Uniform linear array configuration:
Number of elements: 24
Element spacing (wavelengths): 0.25
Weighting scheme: hann
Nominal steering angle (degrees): -60
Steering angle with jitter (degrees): -60.879
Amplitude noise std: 0.05
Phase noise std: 0.05

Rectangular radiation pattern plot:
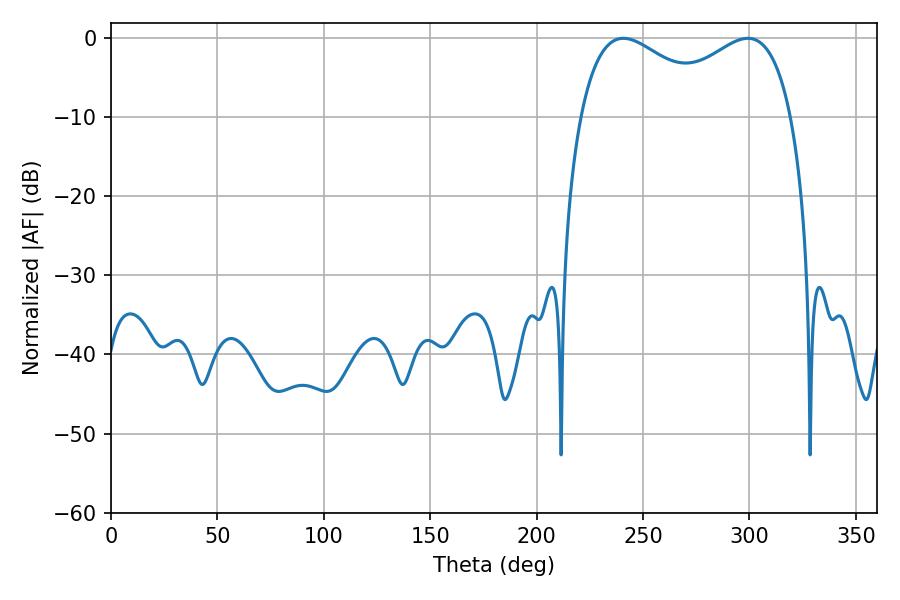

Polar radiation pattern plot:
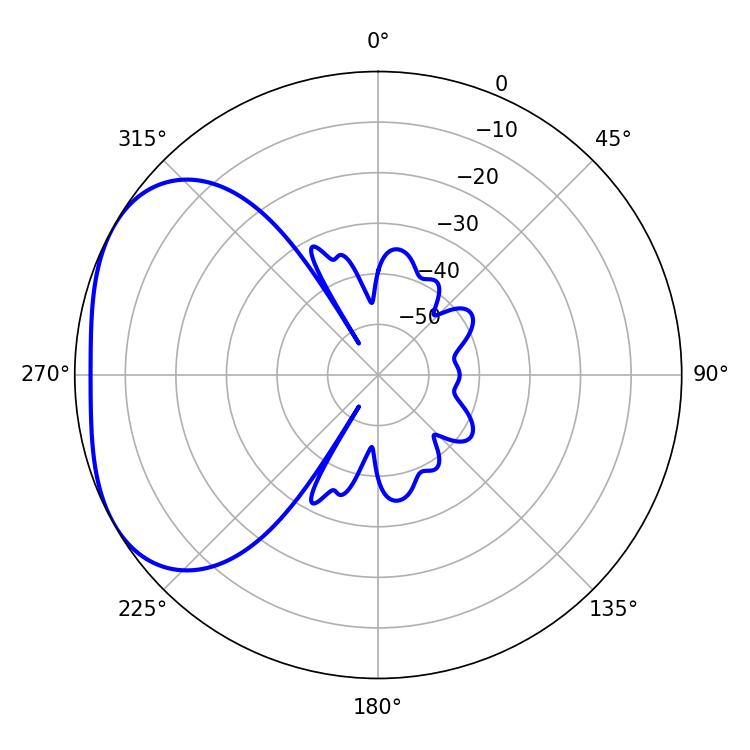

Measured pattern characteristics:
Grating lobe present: FALSE
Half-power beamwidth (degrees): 37.62
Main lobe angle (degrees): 240.84